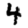
Digit: 4